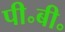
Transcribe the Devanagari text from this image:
पी॰बी॰